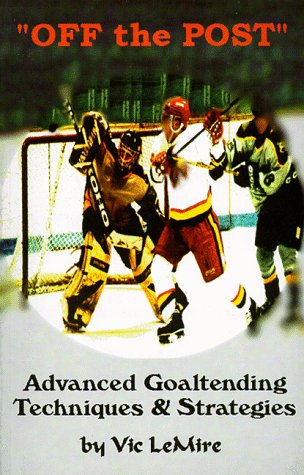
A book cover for Off the Post : The Goaltending Instructional book for the Advanced Goaltenders!; Vic Lemire; Teen & Young Adult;